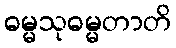
ဓမ္မသုဓမ္မတာတိ